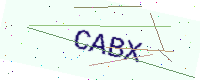
Text: CABX